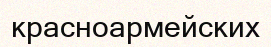
красноармейских